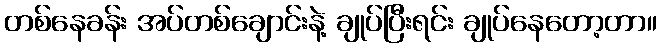
တစ်နေခန်း အပ်တစ်ချောင်းနဲ့ ချုပ်ပြီးရင်း ချုပ်နေတော့တာ။